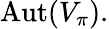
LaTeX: {\mathrm{Aut}}(V_{\pi}).